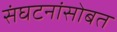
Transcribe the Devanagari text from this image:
संघटनांसोबत